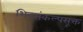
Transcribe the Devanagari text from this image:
शिवसंकल्पसूक्त